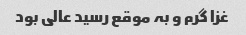
غزا گرم و بہ موقع رسید عالی بود